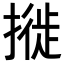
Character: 𢳜